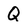
Character: Q